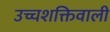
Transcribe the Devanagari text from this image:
उच्चशक्तिवाली